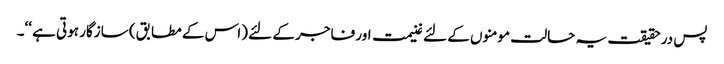
پس درحقیقت یہ حالت مومنوں کے لئے غنیمت اور فاجر کے لئے (اس کے مطابق) سازگار ہوتی ہے ‘‘۔